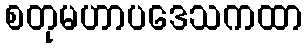
စတုမဟာပဒေသကထာ